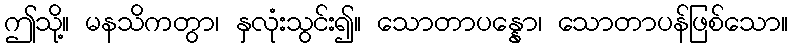
ဤသို့။ မနသိကတွာ၊ နှလုံးသွင်း၍။ သောတာပန္နော၊ သောတာပန်ဖြစ်သော။